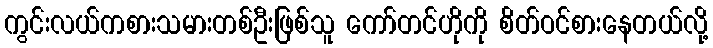
ကွင်းလယ်ကစားသမားတစ်ဦးဖြစ်သူ ကော်တင်ဟိုကို စိတ်ဝင်စားနေတယ်လို့